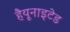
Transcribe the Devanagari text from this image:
हैयूनाइटेड